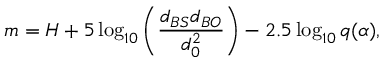
m = H + 5 \log _ { 1 0 } { \left( { \frac { d _ { B S } d _ { B O } } { d _ { 0 } ^ { 2 } } } \right) } - 2 . 5 \log _ { 1 0 } { q ( \alpha ) } ,